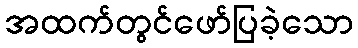
အထက်တွင်ဖော်ပြခဲ့သော